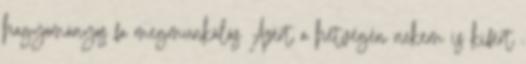
hagyományos fa megmunkálás Azért a hétvégén nekem is kifért